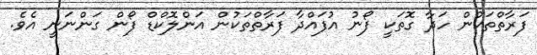
ފަރާތްތަކުން ހަދާ ގޮތަކީ ފޯނު އުފައްދާ ފަރާތްތަކުން އަންލޮކްޑް ފޯން ގަންނަނީ އެވެ.